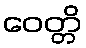
ဝေတ္တိ